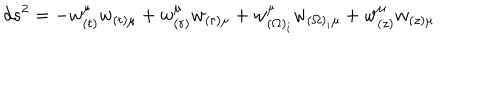
d s ^ { 2 } = - w _ { ( t ) } ^ { \mu } w _ { ( t ) \mu } + w _ { ( r ) } ^ { \mu } w _ { ( r ) \mu } + w _ { ( \Omega ) _ { i } } ^ { \mu } w _ { ( \Omega ) _ { i } \mu } + w _ { ( z ) } ^ { \mu } w _ { ( z ) \mu }